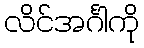
လိင်အင်္ဂါကို